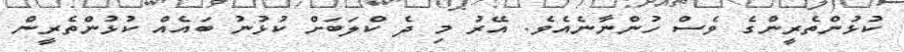
ކުޅުންތެރީންގެ ވެސް ހުންނާނެއެވެ. އޭރު މި ދެ ކްލަބަށް ކުޅުނު ބައެއް ކުޅުންތެރީން